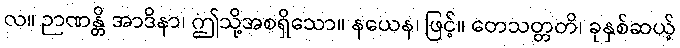
လ။ ဉာဏန္တိ အာဒိနာ၊ ဤသို့အစရှိသော။ နယေန၊ ဖြင့်။ တေသတ္တတိ၊ ခုနှစ်ဆယ့်